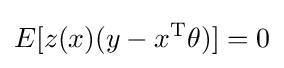
E[z(x)(y-x^{\mathrm {T} }\theta )]=0